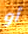
أو